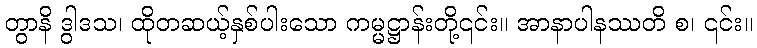
တွာနိ ဒွါဒသ၊ ထိုတဆယ့်နှစ်ပါးသော ကမ္မဋ္ဌာန်းတို့၎င်း။ အာနာပါနဿတိ စ၊ ၎င်း။